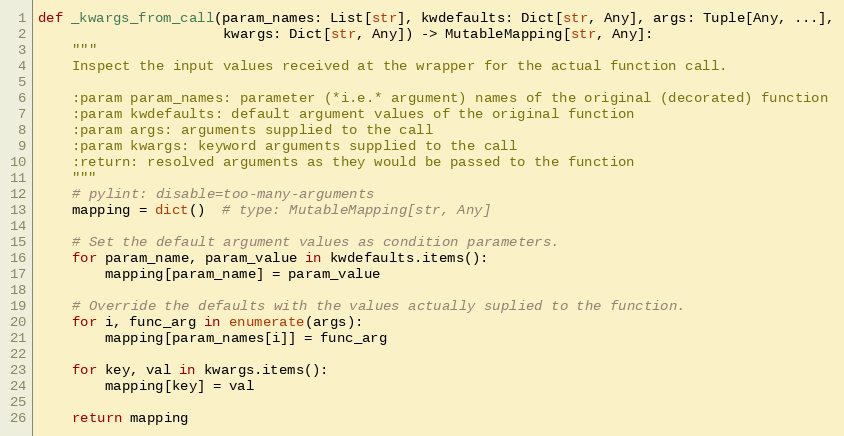
Language: Python
def _kwargs_from_call(param_names: List[str], kwdefaults: Dict[str, Any], args: Tuple[Any, ...],
                      kwargs: Dict[str, Any]) -> MutableMapping[str, Any]:
    """
    Inspect the input values received at the wrapper for the actual function call.

    :param param_names: parameter (*i.e.* argument) names of the original (decorated) function
    :param kwdefaults: default argument values of the original function
    :param args: arguments supplied to the call
    :param kwargs: keyword arguments supplied to the call
    :return: resolved arguments as they would be passed to the function
    """
    # pylint: disable=too-many-arguments
    mapping = dict()  # type: MutableMapping[str, Any]

    # Set the default argument values as condition parameters.
    for param_name, param_value in kwdefaults.items():
        mapping[param_name] = param_value

    # Override the defaults with the values actually suplied to the function.
    for i, func_arg in enumerate(args):
        mapping[param_names[i]] = func_arg

    for key, val in kwargs.items():
        mapping[key] = val

    return mapping